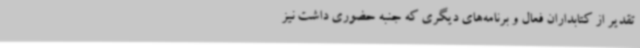
تقدیر از کتابداران فعال و برنامه‌های دیگری که جنبه حضوری داشت نیز